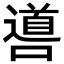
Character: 噵